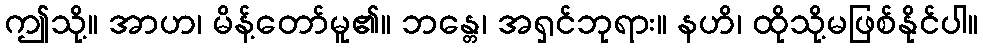
ဤသို့။ အာဟ၊ မိန့်တော်မူ၏။ ဘန္တေ၊ အရှင်ဘုရား။ နဟိ၊ ထိုသို့မဖြစ်နိုင်ပါ။